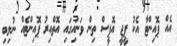
އެއް ޕޮއިންޓާ އެކު ޕީޖީ އޮފީސް ތިން ވަނައިގައި އޮތްއިރު ޕޮއިންޓެއް ނުލިބި